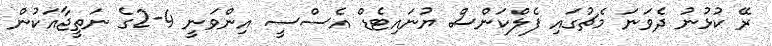
ރޭ ކުޅުނު ދެވަނަ މެޗުގައި ފެލްކަންސް ޔުނައިޓެޑް އެސްސީ އިންވަނީ 4-2ގެ ނަތީޖާއަކުން